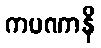
ကပဏာနိ